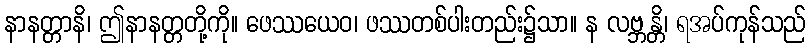
နာနတ္တာနိ၊ ဤနာနတ္တတို့ကို။ ဖေဿယေဝ၊ ဖဿတစ်ပါးတည်း၌သာ။ န လဗ္ဘန္တိ၊ ရအပ်ကုန်သည်